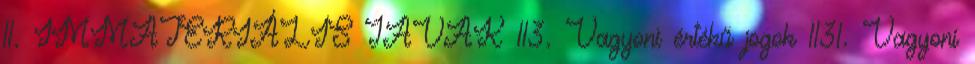
11. IMMATERIÁLIS JAVAK 113. Vagyoni értékű jogok 1131. Vagyoni